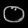
Digit: ၀